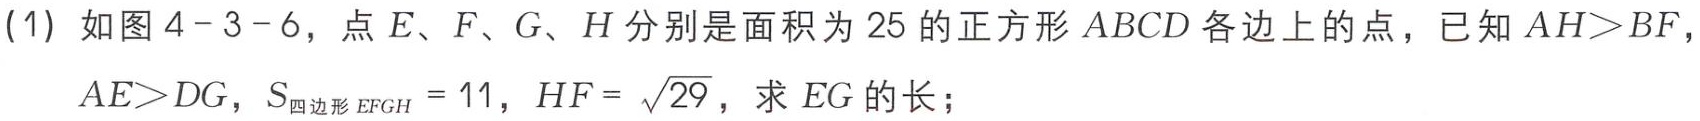
(1) 如图4 - 3 - 6，点\(E\)、\(F\)、\(G\)、\(H\)分别是面积为\(25\)的正方形\(ABCD\)各边上的点，已知\(AH > BF\)，\(AE>DG\)，\(S_{四边形EFGH}=11\)，\(HF = \sqrt{29}\)，求\(EG\)的长；